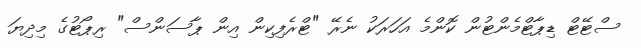
ސްޓޭޓް ޑިޕާޓްމެންޓުން ކޮންމެ އަހަރަކު ނެރޭ "ޓްރެފިކިން އިން ޕާސަންސް" ރިޕޯޓުގެ މިދިޔަ